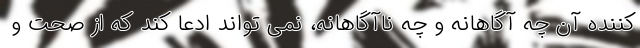
کننده آن چه آگاهانه و چه ناآگاهانه، نمی تواند ادعا کند که از صحت و